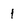
Character: 1